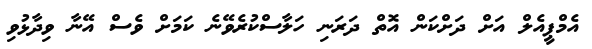
އެމްޕީއެލް އަށް ދަށްކަން އޮތް ދަރަނި ހަލާސްކުރެވޭނެ ކަމަށް ވެސް އޭނާ ވިދާޅުވި